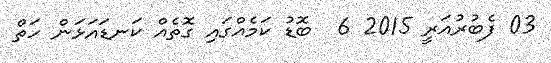
03 ފެބުރުއަރީ 2015 6  ބޮޑު ކަމެއްގައި ގޮތެއް ކަނޑައަޅަން ހަތް